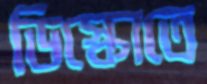
ডিস্কোতে